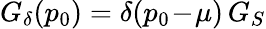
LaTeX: G_{\delta}(p_{0})=\delta(p_{0}\! -\! \mu)\, G_{S}